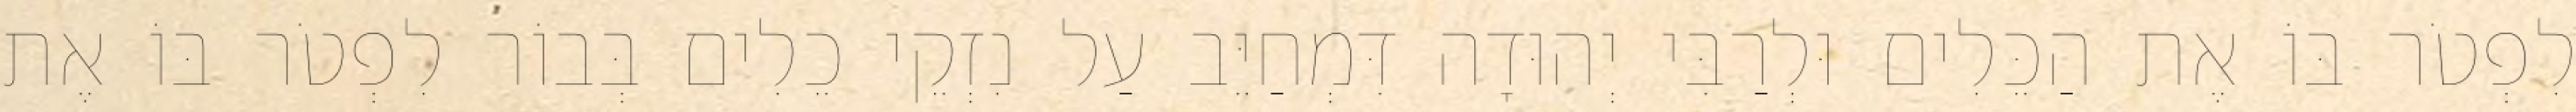
לִפְטֹר בּוֹ אֶת הַכֵּלִים וּלְרַבִּי יְהוּדָה דִּמְחַיֵּב עַל נִזְקֵי כֵלִים בְּבוֹר לִפְטֹר בּוֹ אֶת